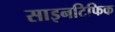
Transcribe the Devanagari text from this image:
साइनटिफिक